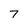
Character: 7